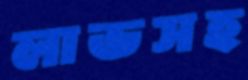
লাভসহ